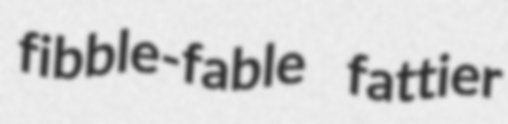
fibble-fable fattier